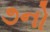
૭નો